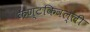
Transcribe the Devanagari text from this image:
कण्टकिवल्ली